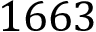
1 6 6 3